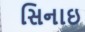
સિનાઇ